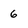
Character: 6